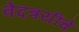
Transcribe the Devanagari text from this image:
वेदत्रयींचे